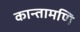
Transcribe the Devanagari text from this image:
कान्तामणि